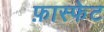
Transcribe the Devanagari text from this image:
फ़ास्फेट